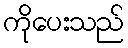
ကိုပေးသည်